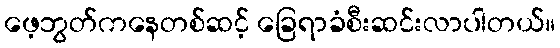
ဖေ့ဘွတ်ကနေတစ်ဆင့် ခြေရာခံစီးဆင်းလာပါတယ်။